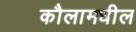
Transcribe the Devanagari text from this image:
कौलामधील